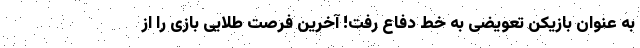
به عنوان بازیکن تعویضی به خط دفاع رفت! آخرین فرصت طلایی بازی را از